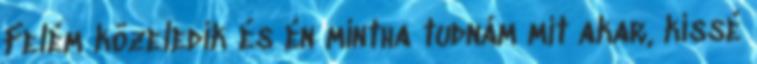
Felém közeledik és én mintha tudnám mit akar, kissé